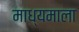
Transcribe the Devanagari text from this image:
माध्यमाला